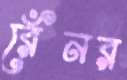
রেঁনর